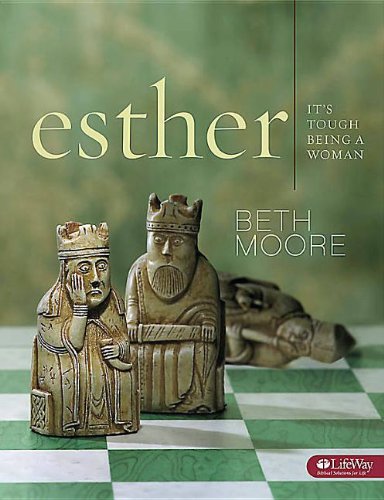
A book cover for Esther: It's Tough Being a Woman (Leader Guide); Beth Moore; Travel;